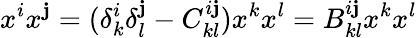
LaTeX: x^{i}x^{\mathbf{j}}=(\delta_{k}^{i}\delta_{l}^{\mathbf{j}}-C_{kl}^{i\mathbf{j}})x^{k}x^{l}=B_{kl}^{i\mathbf{j}}x^{k}x^{l}